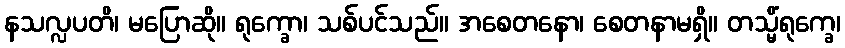
နသလ္လပတိ၊ မပြောဆို။ ရုက္ခော၊ သစ်ပင်သည်။ အစေတနော၊ စေတနာမရှိ။ တသ္မိံရုက္ခေ၊